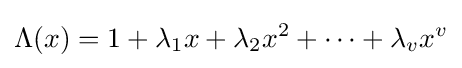
\Lambda (x)=1+\lambda _{1}x+\lambda _{2}x^{2}+\cdots +\lambda _{v}x^{v}